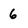
Character: 6